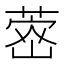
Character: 𮐗